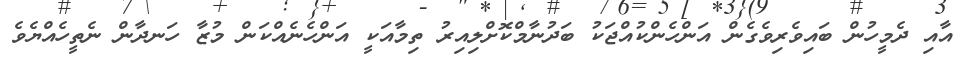
އާއި ދެމީހުން ބައިވެރިވެގެން އަންހެންކުއްޖަކު ބަދުނާމްކޮށްލިއިރު ތިމާއަކީ އަންހެނެއްކަން މުޒާ ހަނދާން ނެތީހެއްޔެވެ